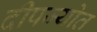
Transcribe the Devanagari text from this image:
दीपज्योत